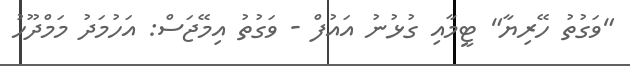
"ވަގުތު ހޭރިޔާ" ޓީމާއި ގުޅުނު އައުފް - ވަގުތު އިމޭޖަސް: އަހުމަދު މަމްދޫހު